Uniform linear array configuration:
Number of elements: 64
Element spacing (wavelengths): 0.25
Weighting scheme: cosine
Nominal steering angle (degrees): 45
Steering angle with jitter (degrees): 46.647
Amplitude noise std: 0.05
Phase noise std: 0.05

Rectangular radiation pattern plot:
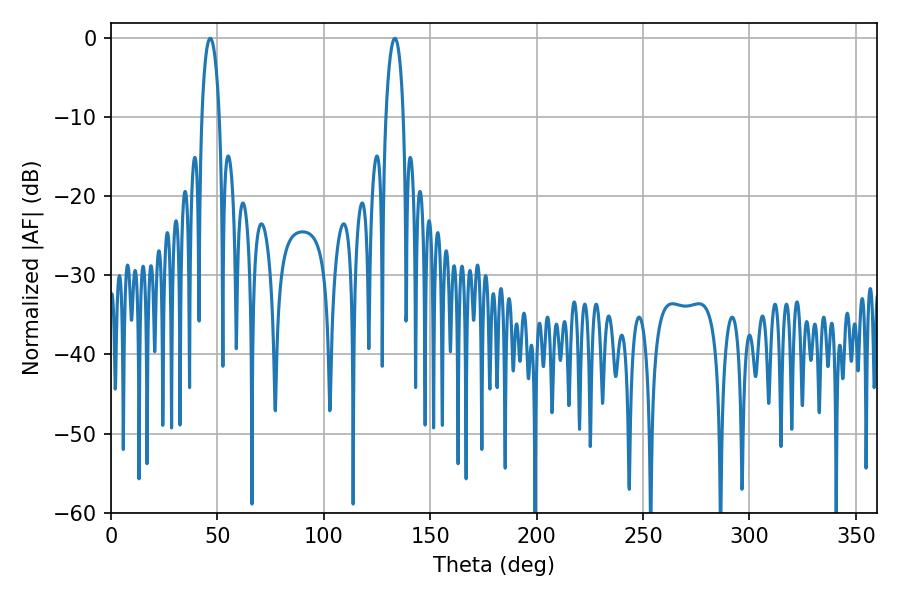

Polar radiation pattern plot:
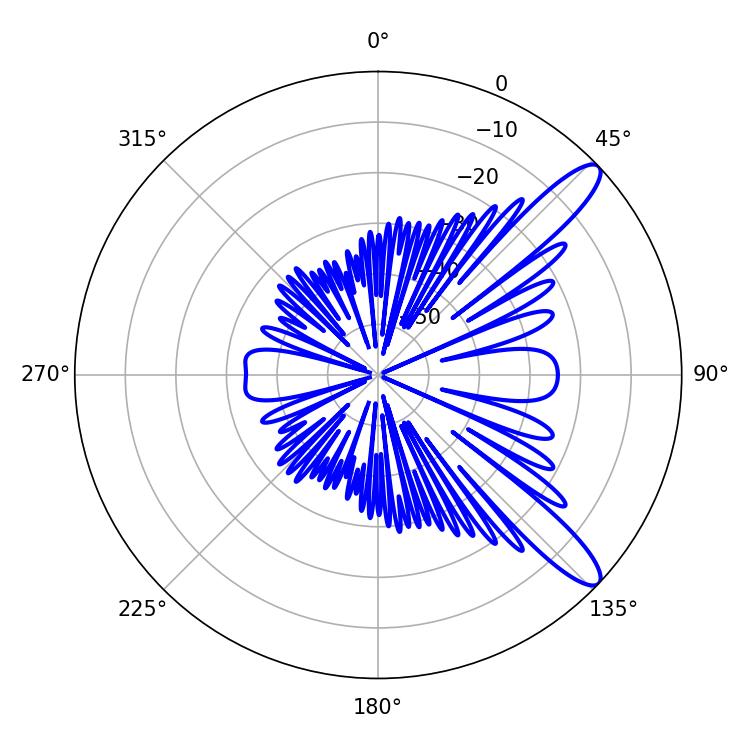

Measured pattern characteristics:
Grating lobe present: FALSE
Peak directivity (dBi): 11.762
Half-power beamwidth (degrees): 4.68
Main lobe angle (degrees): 46.62